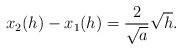
LaTeX: \begin{align*} \begin{aligned}x_2(h)-x_1(h)=\frac{2}{\sqrt{a}}\sqrt{h}. \end{aligned} \end{align*}